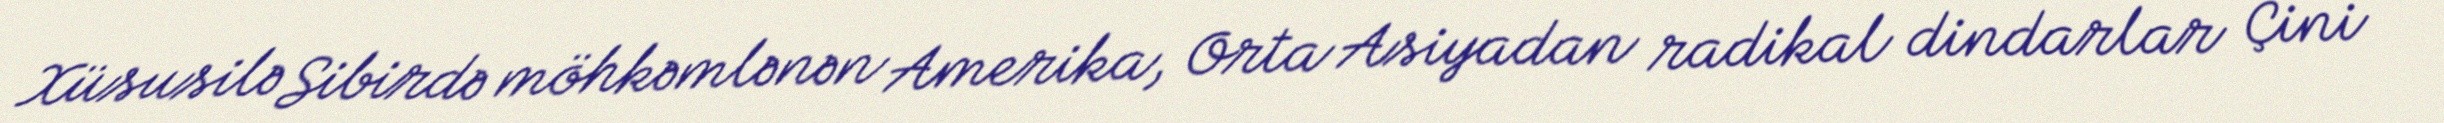
Xüsusilə Sibirdə möhkəmlənən Amerika, Orta Asiyadan radikal dindarlar Çini